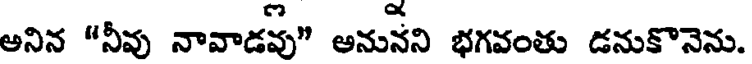
అనిన "నీవు నావాడవు" అనునని భగవంతు డనుకొనెను.